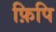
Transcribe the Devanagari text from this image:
फ़िपि